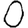
Digit: 0